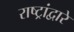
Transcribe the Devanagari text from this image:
राष्ट्रांद्वारे